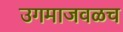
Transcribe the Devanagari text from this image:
उगमाजवळच